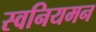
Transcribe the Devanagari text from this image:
स्वनियमन